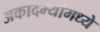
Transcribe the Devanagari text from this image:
अकादम्यांमध्ये